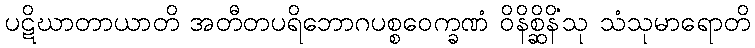
ပဋိဃာတာယာတိ အတီတပရိဘောဂပစ္စဝေက္ခဏံ ဝိနိစ္ဆိနိံသု သံသုမာရောတိ